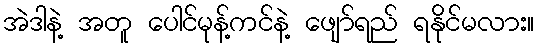
အဲဒါနဲ့ အတူ ပေါင်မုန့်ကင်နဲ့ ဖျော်ရည် ရနိုင်မလား။